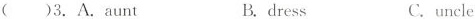
()3.A. aunt B.dress C.uncle